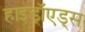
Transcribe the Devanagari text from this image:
हाइड्रॉएड्स